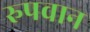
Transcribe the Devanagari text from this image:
रुपवान